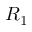
R _ { 1 }